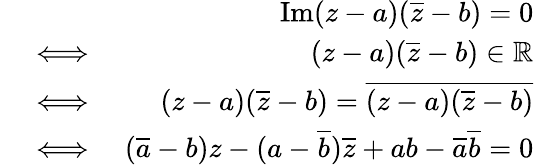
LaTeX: \begin{array}{rlr}&{}&{\mathrm{Im}(z-a)(\overline{{z}}-b)=0}\\ &{\iff}&{(z-a)(\overline{{z}}-b)\in\mathbb R}\\ &{\iff}&{(z-a)(\overline{{z}}-b)=\overline{{(z-a)(\overline{{z}}-b)}}}\\ &{\iff}&{(\overline{{a}}-b)z-(a-\overline{{b}})\overline{{z}}+ab-\overline{{a}}\overline{{b}}=0}\end{array}